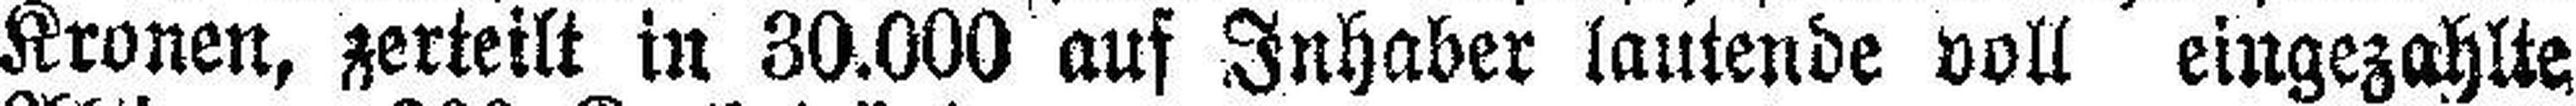
Kronen, zerteilt in 30.000 auf Inhaber lautende voll eingezahlle